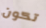
تكون